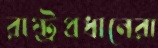
রাষ্ট্রপ্রধানেরা